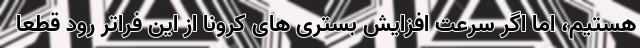
هستیم، اما اگر سرعت افزایش بستری های کرونا از این فراتر رود قطعا